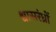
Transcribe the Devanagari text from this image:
श्वासरंध्रों